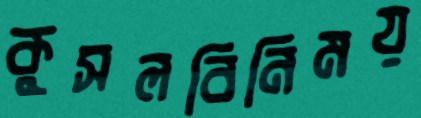
কুসলবিনিময়